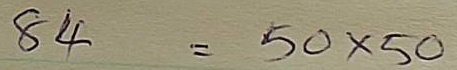
84 = 50 x 50